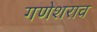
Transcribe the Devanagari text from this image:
गणेशराव